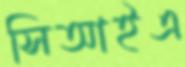
সিআইএ